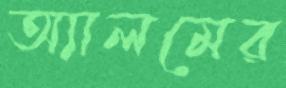
অ্যালমের